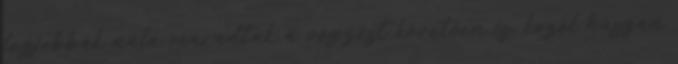
legjobbak nála maradtak a végzést követôen is, közel húszan